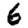
Digit: 6